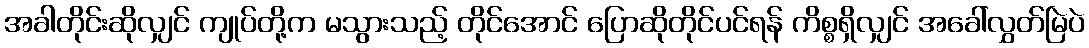
အခါတိုင်းဆိုလျှင် ကျုပ်တို့က မသွားသည့် တိုင်အောင် ပြောဆိုတိုင်ပင်ရန် ကိစ္စရှိလျှင် အခေါ်လွှတ်မြဲပဲ